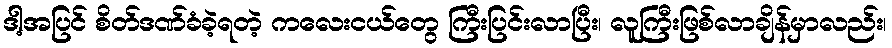
ဒါ့အပြင် စိတ်ဒဏ်ခံခဲ့ရတဲ့ ကလေးငယ်တွေ ကြီးပြင်းလာပြီး၊ လူကြီးဖြစ်လာချိန်မှာလည်း၊